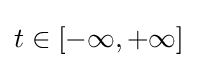
t\in [-\infty ,+\infty ]